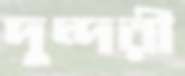
দুন্দরী